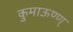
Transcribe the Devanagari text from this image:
कुमाऊण्ण्